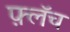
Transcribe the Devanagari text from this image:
फ़्लॅच